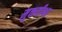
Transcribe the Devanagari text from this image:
मुक्तयीश्वर